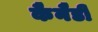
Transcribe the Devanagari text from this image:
कैनैडी